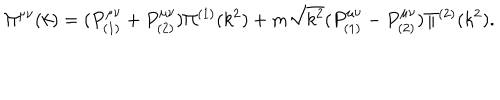
LaTeX: \Pi ^ { \mu \nu } ( k ) = ( P _ { ( 1 ) } ^ { \mu \nu } + P _ { ( 2 ) } ^ { \mu \nu } ) \Pi ^ { ( 1 ) } ( k ^ { 2 } ) + m \sqrt { k ^ { 2 } } ( P _ { ( 1 ) } ^ { \mu \nu } - P _ { ( 2 ) } ^ { \mu \nu } ) \Pi ^ { ( 2 ) } ( k ^ { 2 } ) .